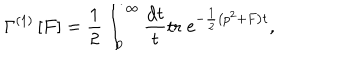
LaTeX: \Gamma ^ { ( 1 ) } \left[ F \right] = \frac 1 2 \int _ { 0 } ^ { \infty } \frac { \mathrm { d } t } { t } \mathrm { t r } \; \mathrm { e } ^ { - \frac 1 2 \left( p ^ { 2 } + F \right) t } ,